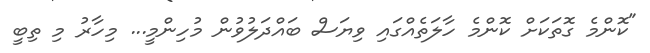
"ކޮންމެ ގޮތަކަށް ކޮންމެ ހާލަތެއްގައި ވިޔަސް ބައްދަލުވުން މުހިންމީ... މިހާރު މި ތިބީ